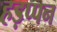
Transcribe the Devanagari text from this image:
हड़प्पन